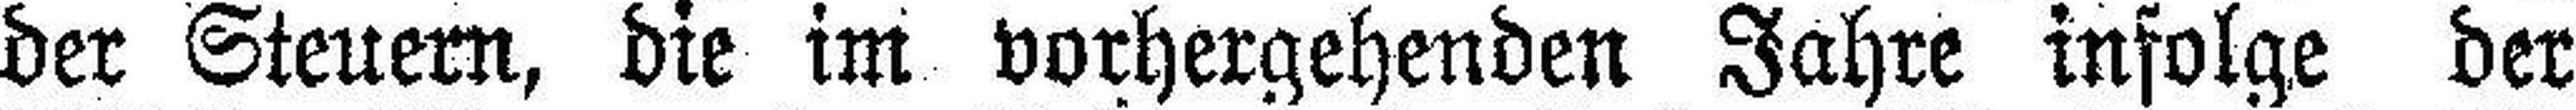
der Steuern, die im vorhergehenden Jahre infolge der